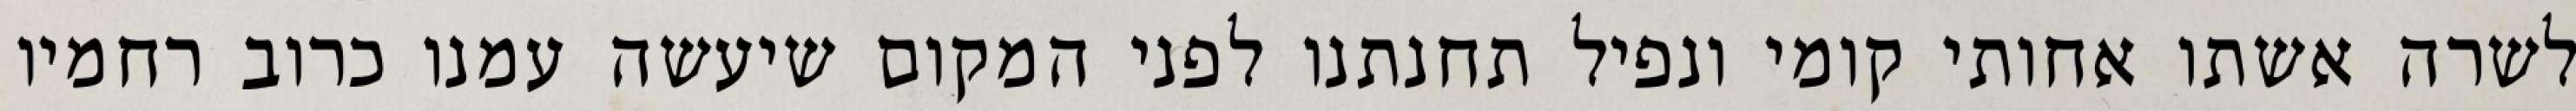
לשרה אשתו אחותי קומי ונפיל תחנתנו לפני המקום שיעשה עמנו כרוב רחמיו